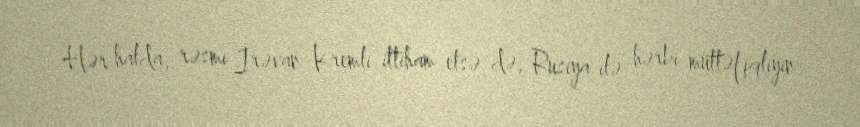
Hər halda, rəsmi İrəvan Kremli ittiham etsə də, Rusiya ilə hərbi müttəfiqliyin